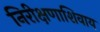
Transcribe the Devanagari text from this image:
निरीक्षणाशिवाय